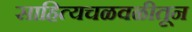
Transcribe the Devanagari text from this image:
साहित्यचळवळीतून